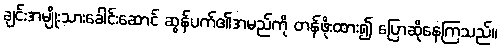
ချင်းအမျိုးသားခေါင်းဆောင် ဆွန်ပက်၏အမည်ကို တန်ဖိုးထား၍ ပြောဆိုနေကြသည်။